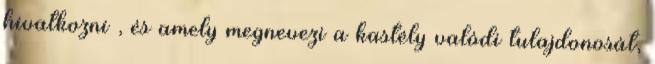
hivatkozni , és amely megnevezi a kastély valódi tulajdonosát,